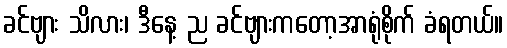
ခင်ဗျား သိလား၊ ဒီနေ့ ည ခင်ဗျားကတော့အာရုံစိုက် ခံရတယ်။